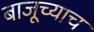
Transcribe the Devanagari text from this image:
बाजूच्याच